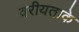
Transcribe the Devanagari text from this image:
वरीयताके